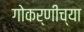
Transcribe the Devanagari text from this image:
गोकर्णीच्या